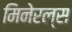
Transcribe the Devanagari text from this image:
मिनेरल्स